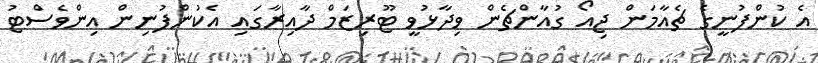
އެ ކުންފުނީގެ ޗެއާމަން ޖިއޯ ގުއާންޗެން ވިދާޅުވީ ޓޫރިޒަމް ދާއިރާގައި އެކުންފުނިން އިންވެސްޓު